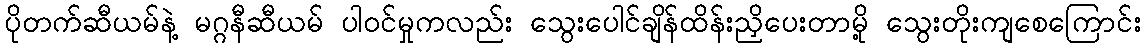
ပိုတက်ဆီယမ်နဲ့ မဂ္ဂနီဆီယမ် ပါဝင်မှုကလည်း သွေးပေါင်ချိန်ထိန်းညှိပေးတာမို့ သွေးတိုးကျစေကြောင်း